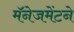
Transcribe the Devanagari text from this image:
मॅनेजमेंटने